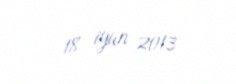
18 iyun 2013